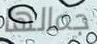
جمالها